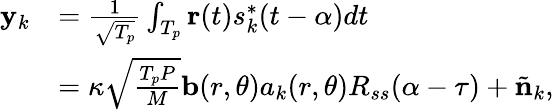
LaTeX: \begin{array}{rl}{{{\mathbf{y}}_{k}}}&{=\frac{1}{\sqrt{T_{p}}}\int_{{T_{p}}}{{\mathbf{r}}(t)}s_{k}^{*}(t-\alpha)dt}\\ &{=\kappa\sqrt{\frac{{T_{p}}P}{M}}{\mathbf{b}}(r,\theta){a_{k}}(r,\theta){R_{ss}}(\alpha-\tau)+{\tilde{\mathbf{n}}_{k}},}\end{array}